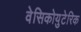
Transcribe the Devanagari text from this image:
वेसिकोयुटेरिक